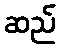
ဆည်